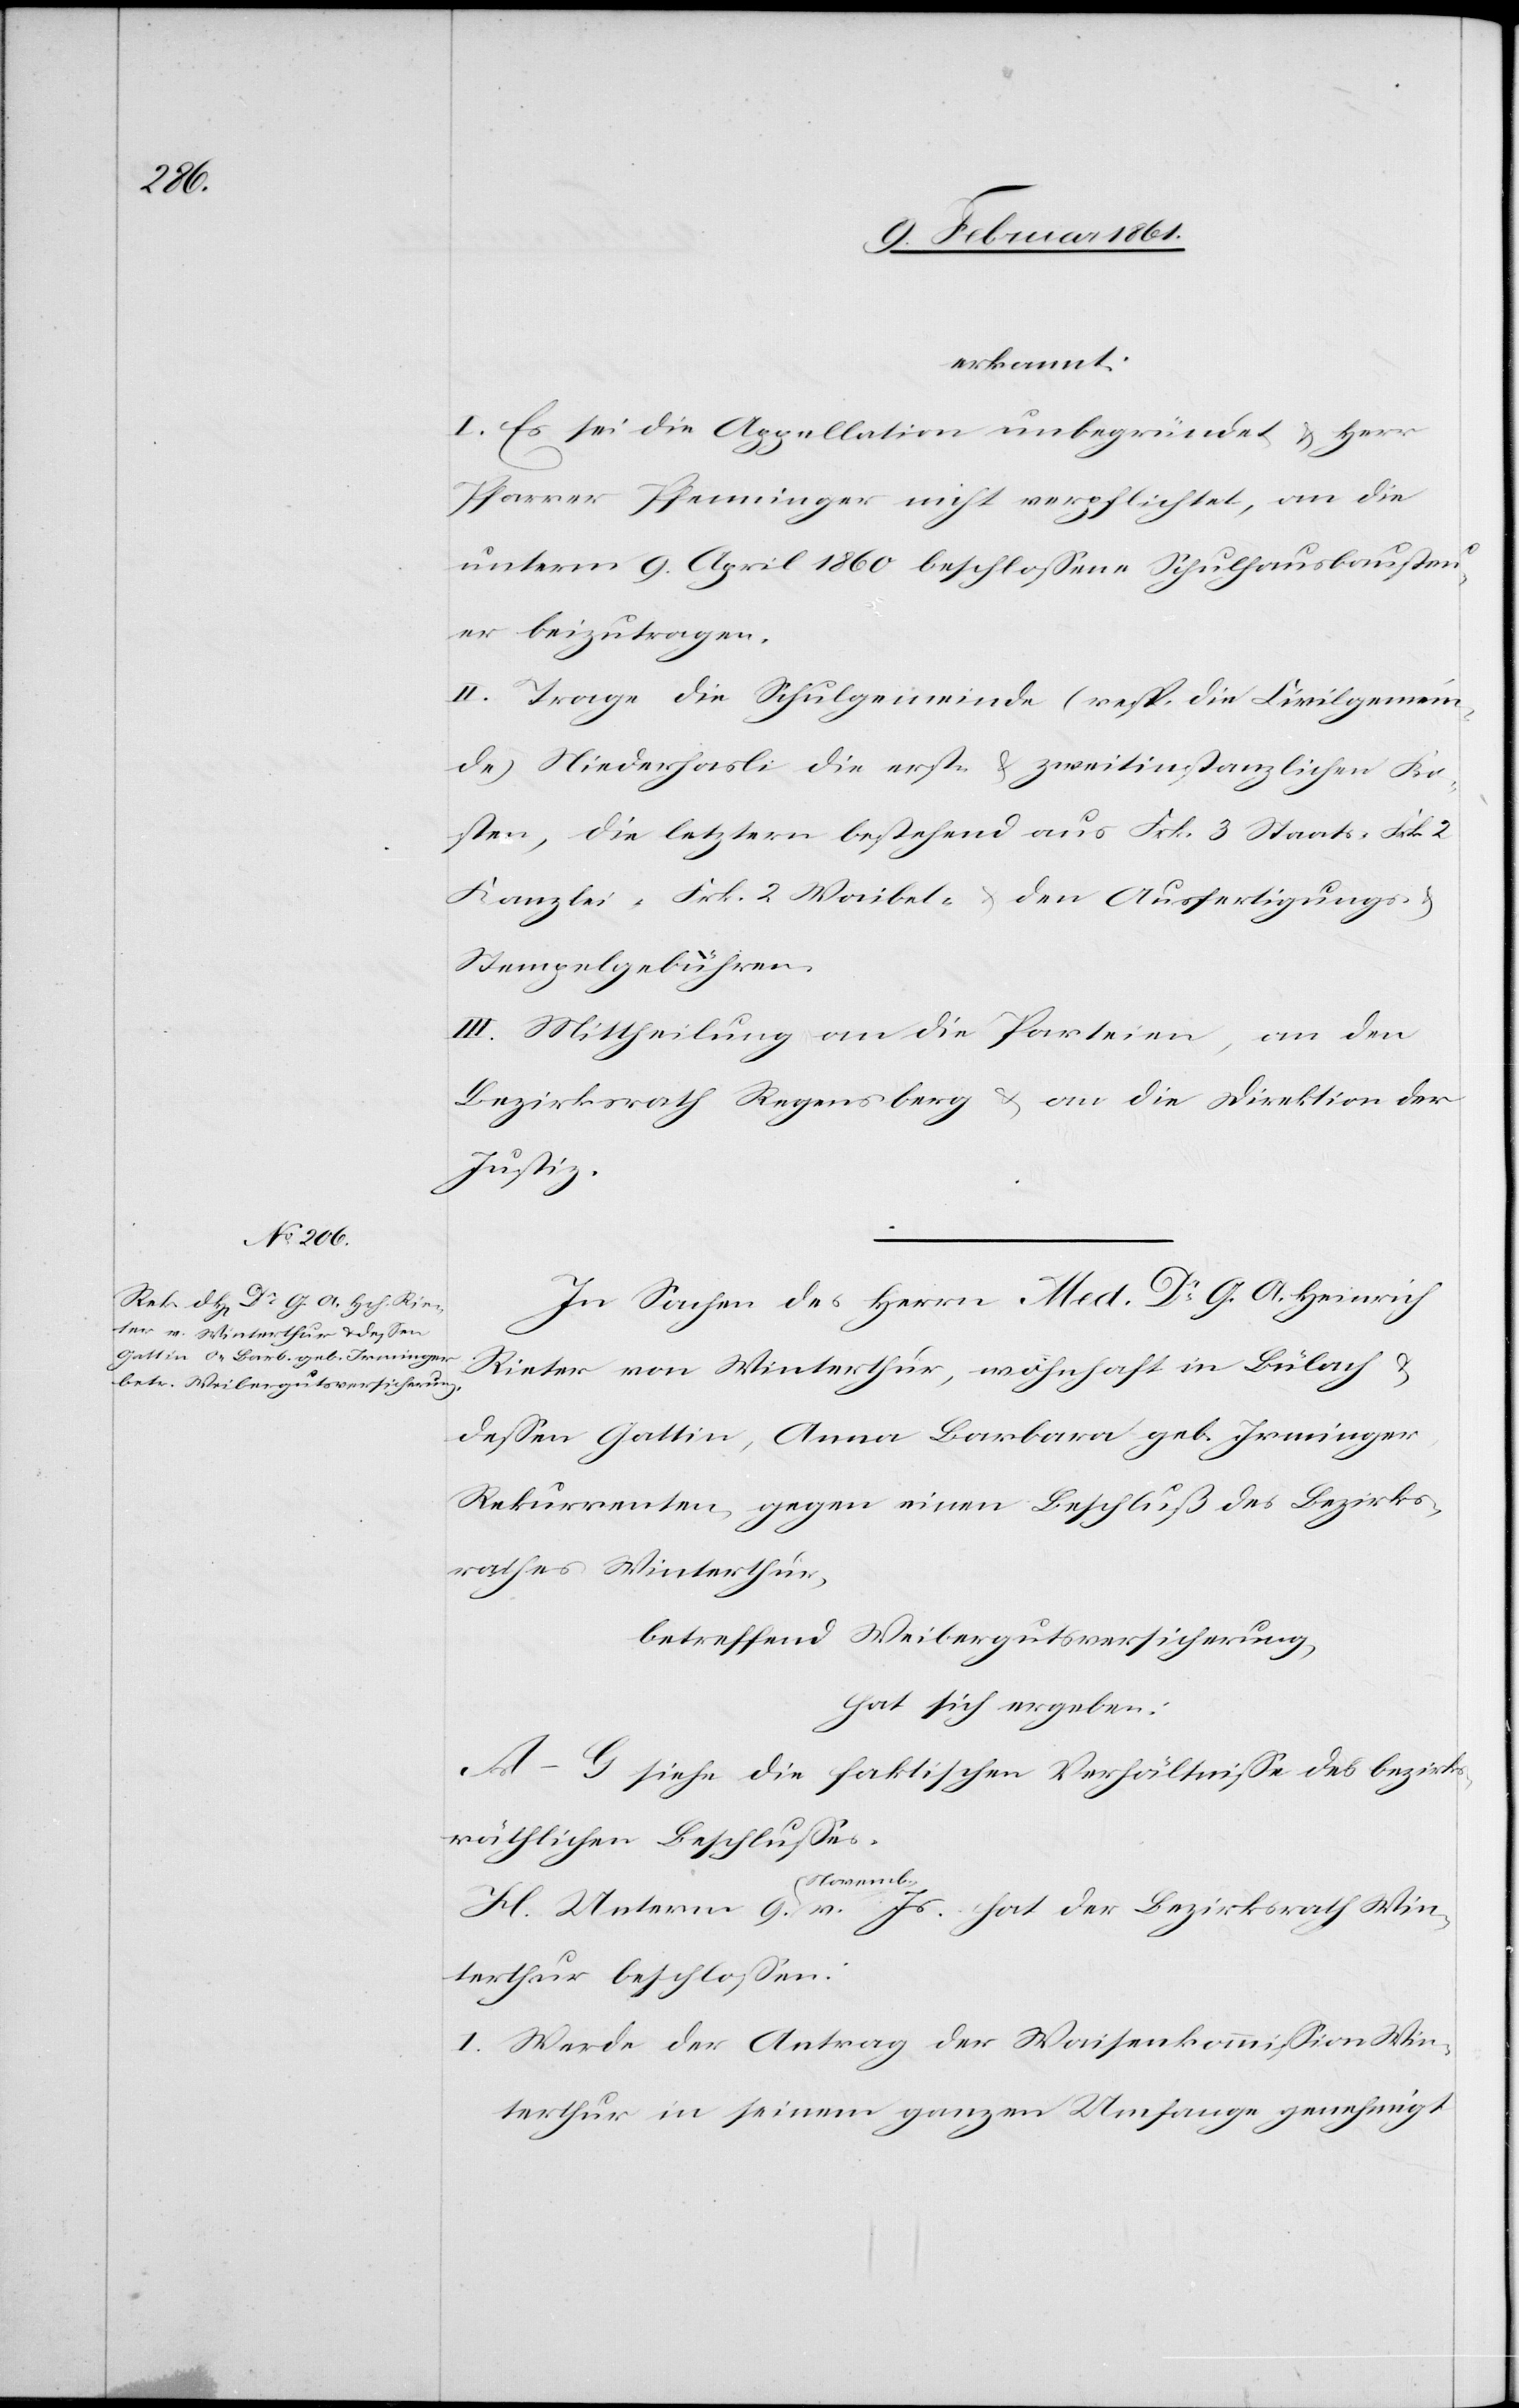
erkennt:
I. Es sei die Appellation unbegründet u. Herr
Pfarrer Pfenninger nicht verpflichtet, an die
unterm 9. April 1860 beschlossene Schulhausbausteu¬
er beizutragen.
II. Trage die Schulgemeinde (resp. die Civilgemein¬
de) Niederhasli die erst- u. zweitinstanzlichen Ko¬
sten, die letztern bestehend aus Frk. 3 Staats-[,] Frk.
Kanzlei-[,] Frk. 2 Waibel- u. den Ausfertigungs-
Stempelgebühren.
III. Mittheilung an die Parteien, an den
Bezirksrath Regensberg u. an die Direktion der
Justiz.
In Sachen des Herrn Med. Dr. G. A. Heinrich
u.
Rieter von Winterthur, wohnhaft in Bülach
dessen Gattin, Anna Barbara geb. Irminger,
Rekurrenten, gegen einen Beschluß des Bezirks¬
rathes Winterthur,
betreffend Weibergutsversicherung,
hat sich ergeben:
A–G. siehe die faktischen Verhältnisse des bezirks¬
räthlichen Beschlusses.
H. Unterm 9. Novemb. v. Js. hat der Bezirksrath Win¬
terthur beschlossen:
I. Werde der Antrag der Waisenkommission Win¬
terthur in seinem ganzen Umfange genehmigt